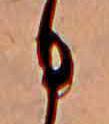
日